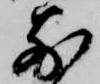
前